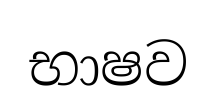
භාෂව